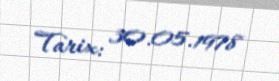
Tarix: 30.05.1978